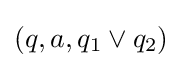
(q,a,q_{1}\vee q_{2})